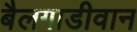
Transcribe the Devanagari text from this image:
बैलगाडीवान